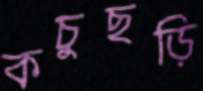
কচুছড়ি